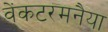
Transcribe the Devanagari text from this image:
वेंकटरमनैया